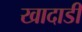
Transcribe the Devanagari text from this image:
खादाडी